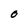
Character: O